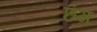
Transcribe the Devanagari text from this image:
छंग